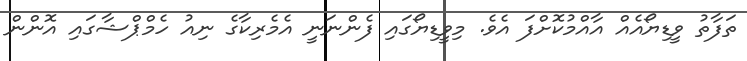
ތަފާތު ވީޑިޔޯއެއް އާއްމުކޮށްފަ އެވެ. މިވީޑިޔޯގައި ފެންނަނީ އެމެރިކާގެ ނިއު ހެމްޕްޝާގައި އޮންން